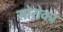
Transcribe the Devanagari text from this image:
सोरोका